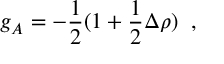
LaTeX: g _ { A } = - \frac { 1 } { 2 } ( 1 + \frac { 1 } { 2 } \Delta \rho ) \; \; ,